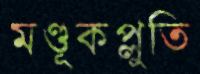
মণ্ডূকপ্লুতি